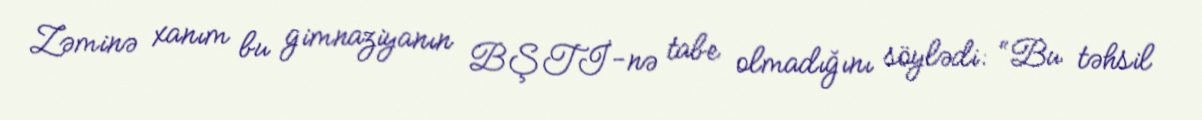
Zəminə xanım bu gimnaziyanın BŞTİ-nə tabe olmadığını söylədi: “Bu təhsil